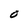
Character: O